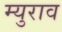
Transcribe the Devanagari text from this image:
म्युराव